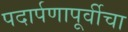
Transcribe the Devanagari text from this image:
पदार्पणापूर्वीचा